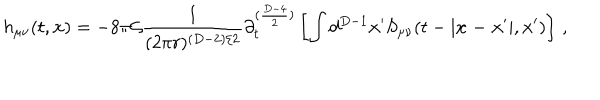
h _ { \mu \nu } ( t , { \bf x } ) = - 8 \pi { \cal G } \frac { 1 } { ( 2 \pi r ) ^ { ( D - 2 ) / 2 } } \partial _ { t } ^ { ( \frac { D - 4 } { 2 } ) } \left[ \int d ^ { D - 1 } { \bf x ^ { \prime } } S _ { \mu \nu } ( t - | { \bf x - x ^ { \prime } } | , { \bf x ^ { \prime } } ) \right] \, ,